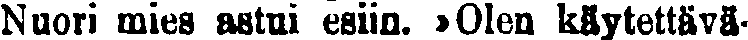
Nuori mies astui esiin. »Olen käytettävä-